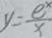
y = \frac { e ^ { x } } { x }